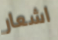
اشعار